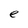
Character: e